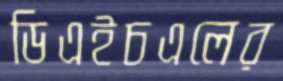
ডিএইচএলের